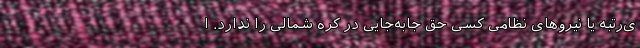
ی‌رتبه یا نیروهای نظامی کسی حق جابه‌جایی در کره شمالی را ندارد. ا